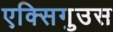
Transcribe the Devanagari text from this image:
एक्सिगुउस